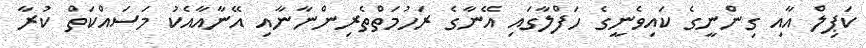
ކަޕިލް އާއި ގިންނީގެ ކައިވެނީގެ ހަފްލާގައި އޭނާގެ ރަހުމަތްތެރިންނާނާއި އޭނާއާއެކު މަސައްކަތް ކުރާ